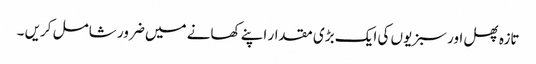
تازہ پھل اور سبزیوں کی ایک بڑی مقدار اپنے کھانے میں ضرور شامل کریں ۔